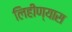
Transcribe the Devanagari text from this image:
लिहीण्यास